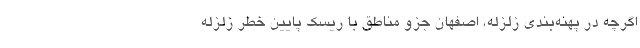
اگرچه در پهنه‌بندی زلزله، اصفهان جزو مناطق با ریسک پایین خطر زلزله